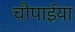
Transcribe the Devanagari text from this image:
चौपाईयां